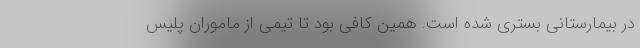
در بیمارستانی بستری شده است. همین کافی بود تا تیمی از ماموران پلیس